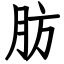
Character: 肪